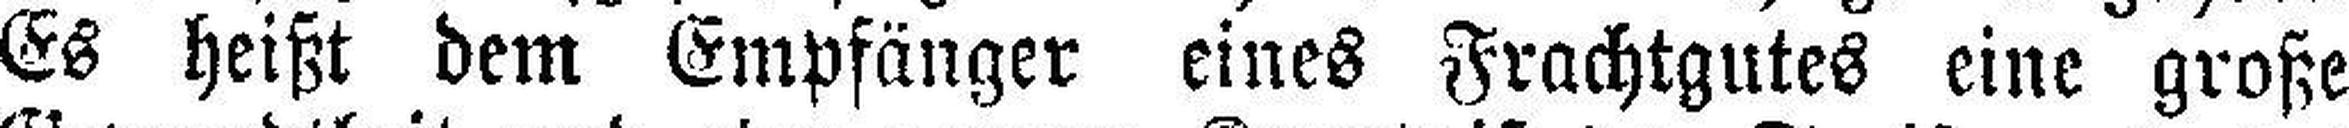
Es heißt dem Empfänger eines Frachtgutes eine große